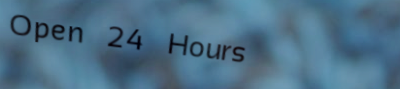
Open 24 Hours